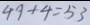
4 9 + 4 = 5 3